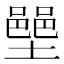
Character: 𫮳